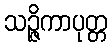
သဉ္ဇိကာပုတ္တ